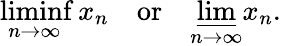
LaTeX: \operatorname*{liminf}_{n\to\infty}x_{n}\quad{\mathrm{or}}\quad\varliminf_{n\to\infty}x_{n}.